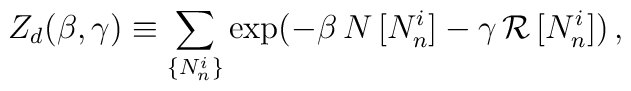
Z_d (\beta , \gamma) \equiv \sum_{\{ N_n^i \}} \exp (-\beta \, N \,[N_n^i] - \gamma \, {\cal R} \, [N_n^i]) \, ,